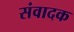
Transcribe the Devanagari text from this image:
संवादक